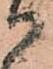
御